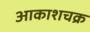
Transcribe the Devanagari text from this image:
आकाशचक्र